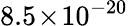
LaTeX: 8.5\! \times\! 10^{-20}